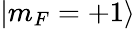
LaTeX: |m_{F}=+1\rangle